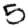
Digit: 5